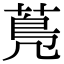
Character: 𦳓